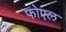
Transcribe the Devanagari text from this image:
फोएल